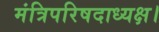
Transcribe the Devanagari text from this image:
मंत्रिपरिषदाध्यक्ष।